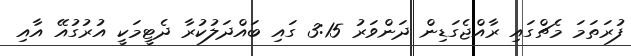
ފުރަތަމަ މެޗްގައި ރާއްޖެގަޑިން ދަންވަރު 3:15 ގައި ބައްދަލުކުރާ ދެޓީމަކީ އުރުގުއޭ އާއި